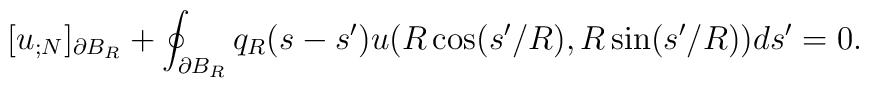
[u_{;N}]_{\partial B_{R}}+ \oint_{\partial B_{R}}q_{R}(s-s') u(R \cos(s'/R), R \sin(s'/R))ds'=0.